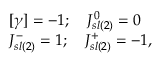
\begin{array} { l c r } { { \lbrack \gamma \rbrack = - 1 ; \quad J _ { s l ( 2 ) } ^ { 0 } = 0 } } \\ { { J _ { s l ( 2 ) } ^ { - } = 1 ; \quad J _ { s l ( 2 ) } ^ { + } = - 1 , } } \end{array}